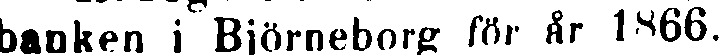
banken i Björneborg för år 1866.